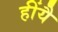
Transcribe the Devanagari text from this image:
हींयै